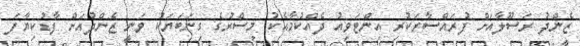
ޒެންދު ރަސޫލާއަށް ފުރައްސާރަކުރި އިންޓަވިއު ދެއްކުމާއެކު މިސްރުގެ ގިނަބަޔަކު ވަނީ ޒެންދުއަށް ފާޑުކިޔާފަ